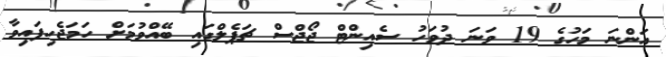
އަންނަ މަހުގެ 19 ވަނަ ދުވަހު ސެއިންޓް ޖޯޖްސް ޗަޕެލްގައި ބޭއްވުމަށް ހަމަޖެހިފައިވާ